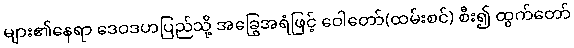
များ၏နေရာ ဒေဝဒဟပြည်သို့ အခြွေအရံဖြင့် ဝေါတော်(ထမ်းစင်) စီး၍ ထွက်တော်